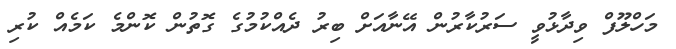
މަހްލޫފް ވިދާޅުވީ ސަރުކާރުން އޭނާއަށް ބިރު ދެއްކުމުގެ ގޮތުން ކޮންމެ ކަމެއް ކުރި